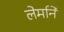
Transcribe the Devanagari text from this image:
लेर्माने